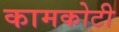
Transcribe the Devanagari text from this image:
कामकोटी